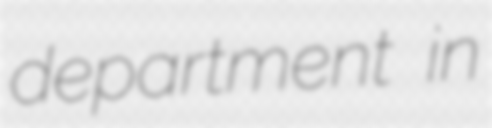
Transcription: department in